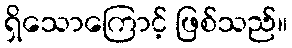
ရှိသောကြောင့် ဖြစ်သည်။